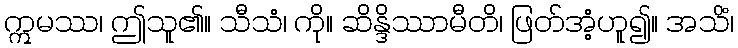
ဣမဿ၊ ဤသူ၏။ သီသံ၊ ကို။ ဆိန္ဒိဿာမီတိ၊ ဖြတ်အံ့ဟူ၍။ အသိံ၊